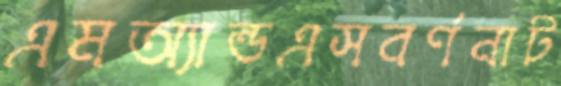
এমঅ্যান্ডএসবর্ণনাট